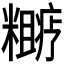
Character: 𬖼